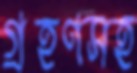
গ্রহণসহ